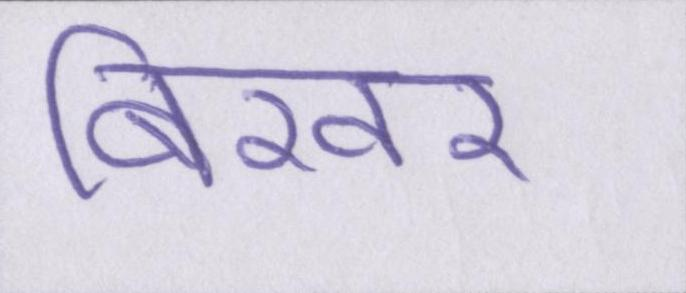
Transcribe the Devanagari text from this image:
बिखर